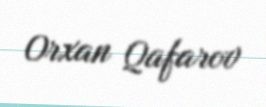
Orxan Qafarov